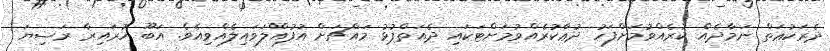
ދެރަކުޢަތް ނަމާދެއް ކުރެއްވުމަށްފަހު ދުޢާކުރެއްވުމަށްޓަކައި ދެއަތްޕުޅު މައްޗަށް އުފުއްލަވައިލެއްވިއެވެ. އަބޫ ހުރައިރާ ރަޟިޔަ